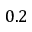
0 . 2